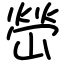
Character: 嵤